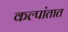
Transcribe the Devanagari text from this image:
कल्पांतात